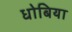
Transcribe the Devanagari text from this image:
धोबिया